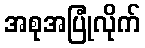
အစုအပြုံလိုက်